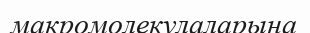
макромолекулаларына